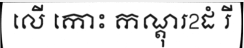
លើ កោះ កណ្តុរ2ដំ រី